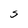
Character: S